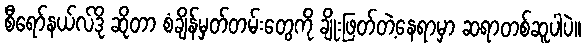
စီရော်နယ်လ်ဒို ဆိုတာ စံချိန်မှတ်တမ်းတွေကို ချိုးဖြတ်တဲ့နေရာမှာ ဆရာတစ်ဆူပါပဲ။